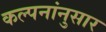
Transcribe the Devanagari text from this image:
कल्पनांनुसार